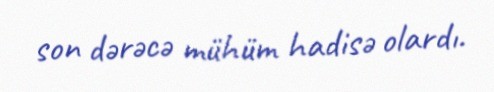
son dərəcə mühüm hadisə olardı.